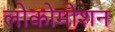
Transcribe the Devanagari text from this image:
लोकोमोशन